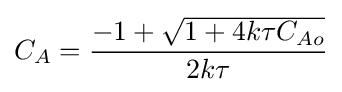
C_{A}={\frac {-1+{\sqrt {1+4k\tau C_{Ao}}}}{2k\tau }}